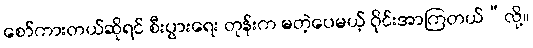
စော်ကားတယ်ဆိုရင် စီးပွားရေး တုန်းက မတဲ့ပေမယ့် ဝိုင်းအာကြတယ်”လို့။